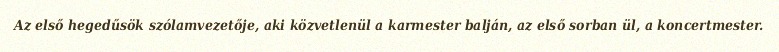
Az első hegedűsök szólamvezetője, aki közvetlenül a karmester balján, az első sorban ül, a koncertmester.